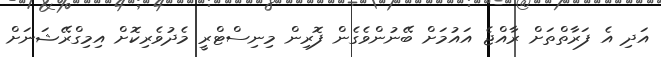
އަދި އެ ފަރާތްތަށް ރާއްޖެ އައުމަށް ބޭނުންވެގެން ފޮރިން މިނިސްޓްރީ މެދުވެރިކޮށް އިމިގްރޭޝަނަށް